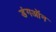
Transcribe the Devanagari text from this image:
डंगऑन